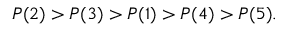
P ( 2 ) > P ( 3 ) > P ( 1 ) > P ( 4 ) > P ( 5 ) .